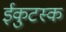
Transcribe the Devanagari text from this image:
ईकुटस्क